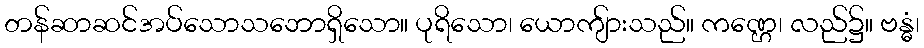
တန်ဆာဆင်အပ်သောသဘောရှိသော။ ပုရိသော၊ ယောကျ်ားသည်။ ကဏ္ဌေ၊ လည်၌။ ဗန္ဓံ၊